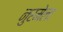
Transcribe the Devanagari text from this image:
नुरमेला